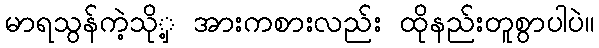
မာရသွန်ကဲ့သိုှ့ အားကစားလည်း ထိုနည်းတူစွာပါပဲ။